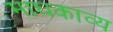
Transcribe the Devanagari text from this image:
माघकाव्य